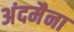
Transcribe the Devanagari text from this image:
अंदमैना